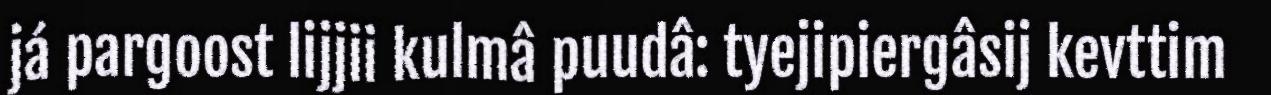
já pargoost lijjii kulmâ puudâ: tyejipiergâsij kevttim